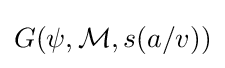
G(\psi ,{\mathcal {M}},s(a/v))